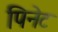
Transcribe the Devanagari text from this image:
पिनेट